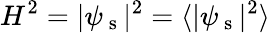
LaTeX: H^{2}=|\psi_{\mathrm{~s~}}|^{2}=\langle|\psi_{\mathrm{~s~}}|^{2}\rangle